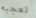
تعجبه